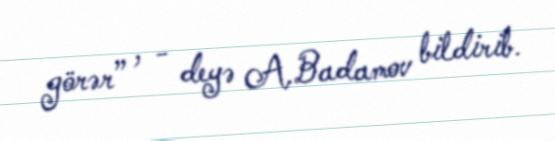
görər” , - deyə A.Badamov bildirib.